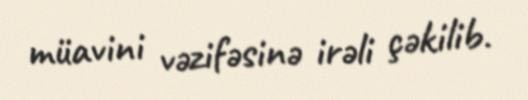
müavini vəzifəsinə irəli çəkilib.